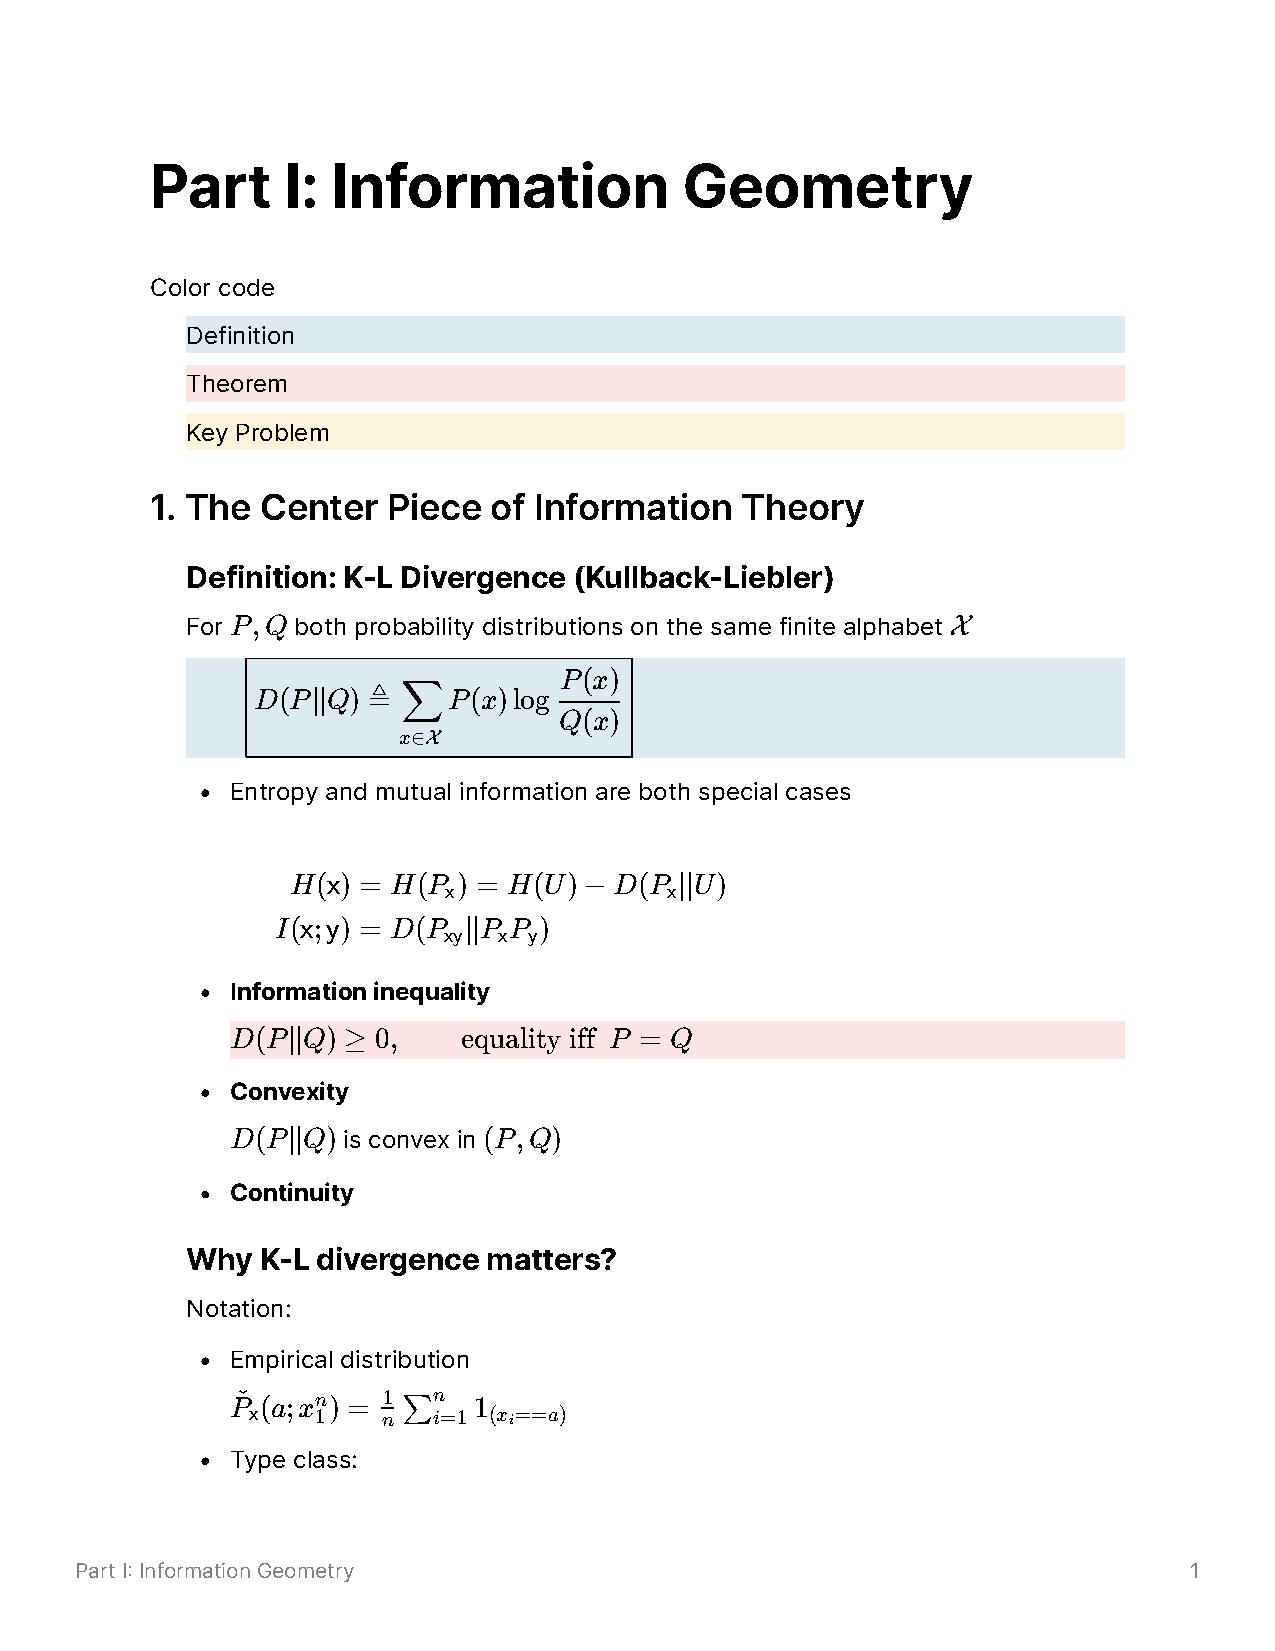
Part     I: Information            Geometry
 Color code
 Definition
 Theorem
 Key Problem
 1. The Center   Piece of Information   Theory
 Definition: K-L Divergence (Kullback-Liebler)
 For P,Q both probability distributions on the same finite alphabet X
 P(x)
 D(P∣∣Q)
 ≜
 P(x)log
 ∑         Q(x)
 x∈X
 Entropy and mutual information are both special cases
 H(x) = H(P ) = H(U)−  D(P ∣∣U)
 x              x
 I(x;y) = D(P ∣∣P P )
 xy  x y
 Information inequality
 D(P∣∣Q) ≥ 0,    equality iff P = Q
 Convexity
 D(P∣∣Q) is convex in (P,Q)
 Continuity
 Why  K-L divergence matters?
 Notation:
 Empirical distribution
 Pˇ (a;xn) = 1 ∑n 1
 x    1   n   i=1 (x i==a)
 Type class:
 Part I Information Geometry                                              1